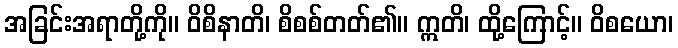
အခြင်းအရာတို့ကို။ ဝိစိနာတိ၊ စိစစ်တတ်၏။ ဣတိ၊ ထို့ကြောင့်။ ဝိစယော၊